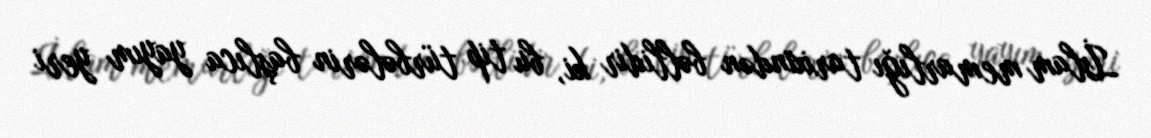
İslam memarlığı tarixindən bəllidir ki, bu tip türbələrin başlıca yayım yeri